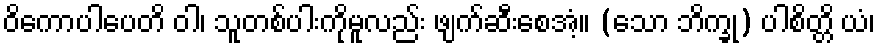
ဝိကောပါပေတိ ဝါ၊ သူတစ်ပါးကိုမူလည်း ဖျက်ဆီးစေအံ့။ (သော ဘိက္ခု) ပါစိတ္တိ ယံ၊